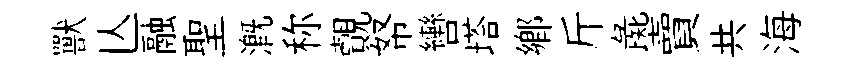
獸亾融聖溉称覿帑轡塔鄕斤彘賣共海